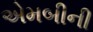
એમબીની